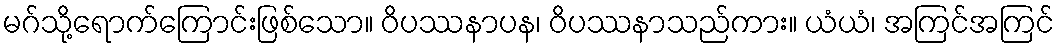
မဂ်သို့ရောက်ကြောင်းဖြစ်သော။ ဝိပဿနာပန၊ ဝိပဿနာသည်ကား။ ယံယံ၊ အကြင်အကြင်